Lunatic asylums in Bengal annual reports 1899-1911 - 1899-1911
Year: 1899
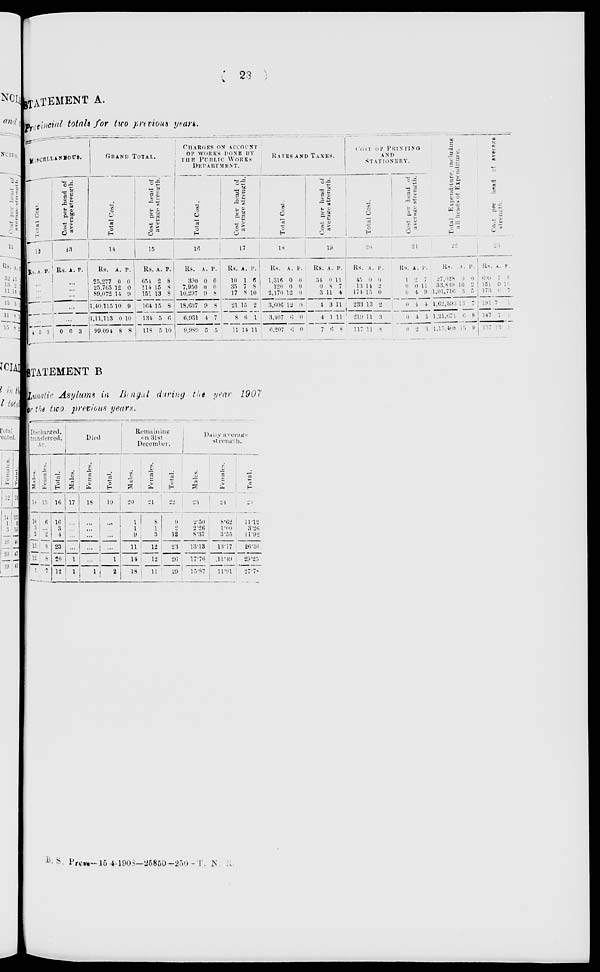
( 23 )
STATEMENT A.
Provincial totals for two previous years.
MISCELLANEOUS.
Total Cost.
12
Rs. A. P.
...
...
...
...
...
4 5 3
Cost per head of
average strength.
13
Rs. A. P.
...
...
...
...
...
0 0 3
GRAND TOTAL.
Total Cost.
14
Rs.
25,277
25,765
89,072
1,40,115
1,11,113
99,094
A.
0
12
14
10
0
8
P.
0
0
9
9
10
8
Cost per head of
average strength.
15
Rs.
654
114
151
164
134
118
A.
2
15
13
15
5
5
P.
8
8
8
8
6
10
CHARGES ON ACCOUNT
OF WORKS DONE BY
THE PUBLIC WORKS
DEPARTMENT.
Total Cost.
16
Rs.
390
7,950
10,297
18,637
6,931
9,989
A.
0
0
9
9
4
5
P.
0
0
8
8
7
5
Cost per head of
average strength.
17
Rs.
10
35
17
21
8
11
A.
1
7
8
15
6
14
P.
6
8
10
2
1
11
RATES AND TAXES.
Total Cost.
18
Rs.
1,316
120
2,170
3,606
3,407
6,207
A.
0
0
12
12
6
6
P.
0
0
0
0
0
0
Cost per head of
average strength.
19
Rs.
34
0
3
4
4
7
A.
0
8
11
3
1
6
P.
11
7
4
11
11
8
COST OF PRINTING
AND
STATIONERY.
Total Cost.
20
Rs.
45
13
174
233
219
117
A.
0
14
15
13
11
11
P.
0
2
0
2
3
8
Cost per head of
average strength.
21
Rs.
1
0
0
0
0
0
A.
2
0
4
4
4
2
P.
7
11
9
4
3
3
Total Expenditure, including
all heads of Expenditure.
22
Rs.
27,028
33,849
1,01,716
1,62,593
1,21,671
l,15,408
A.
0
10
3
13
6
15
P.
0
2
5
7
8
9
Cost per head of average
strength.
23
Rs.
699
151
173
191
147
137
A.
7
0
6
7
1
13
P.
8
10
7
1
9
8
STATEMENT B
Lunatic Asylums in Bengal during the year 1907
on the two previous years.
Discharged,
transferred,
&c.
Males.
14
10
3
2
15
l2
5
Females.
15
6
...
2
8
8
7
Total.
16
16
3
4
23
20
12
Died.
Males.
17
...
...
...
...
1
1
Females.
18
...
...
...
...
...
1
Total.
19
...
...
...
...
1
2
Remaining
on 31st
December.
Males.
20
1
1
9
11
14
18
Females.
21
8
1
3
12
12
11
Total.
22
9
2
12
23
26
29
Daily average
strength.
Males.
23
2.50
2.26
8.37
13.13
17.76
15.87
Females.
24
8.62
1.00
3.55
13.17
11.49
11.9l
Total.
25
11.12
3.26
11.92
26.30
29.25
27.78
B. S. Press—15-4-1908—25850—250—T. N. R.